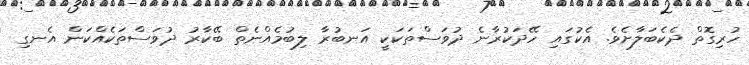
ހުރިގޮތް ދެކެބަލާށެވެ. އެކުގައި ހޭދަކުރާނެ ދުވަސްތަކަކީ އަނބުރާ ލިބުމެއްނެތް ބޭކާރު ދުވަސްތަކެއްކަން އެނގި